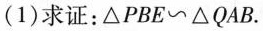
(1)求证：△PBE \sim △QAB.